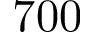
7 0 0